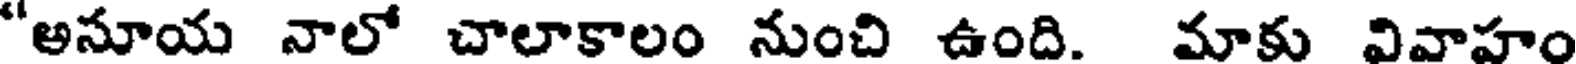
"అనూయ నాలో చాలాకాలం నుంచి ఉంది. మాకు వివాహం